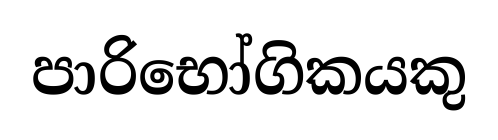
පාරිභෝගිකයකු